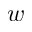
w